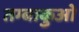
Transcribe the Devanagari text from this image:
तम्बाकुओं